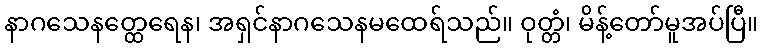
နာဂသေနတ္ထေရေန၊ အရှင်နာဂသေနမထေရ်သည်။ ဝုတ္တံ၊ မိန့်တော်မူအပ်ပြီ။